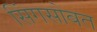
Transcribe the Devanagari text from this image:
सिंगसोबत